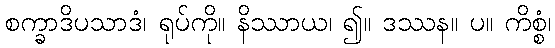
စက္ခာဒိပသာဒံ၊ ရုပ်ကို။ နိဿာယ၊ ၍။ ဒဿန။ ပ။ ကိစ္စံ၊